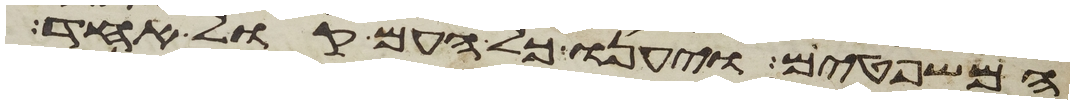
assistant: המשפטים ויענו כל העם קול אחד